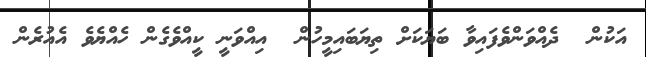
އަކުން  ދެއްވަންވެފައިވާ ބަޔަކަށް ތިޔަބައިމީހުން  އިއްވަނީ ކީއްވެގެން ހެއްޔެވެ އެއުރެން